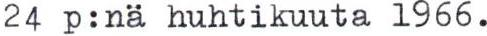
24 p:nä huhtikuuta 1966.